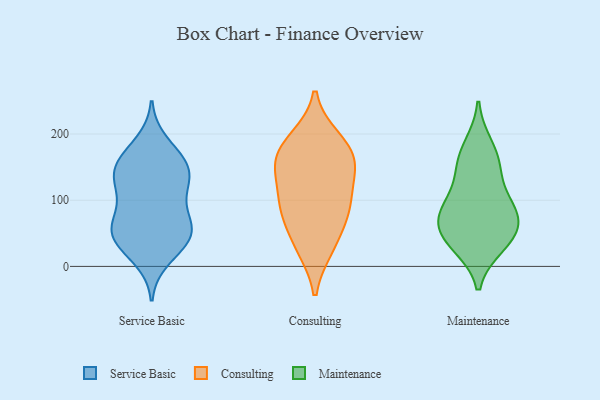
{"axis": {"x": "Shipments", "y": "Value"}, "legend": ["Consulting", "Maintenance", "Service Basic"], "data": [{"x": "", "y": 143, "type": "Service Basic"}, {"x": "", "y": 158, "type": "Service Basic"}, {"x": "", "y": 157, "type": "Service Basic"}, {"x": "", "y": 90, "type": "Service Basic"}, {"x": "", "y": 131, "type": "Service Basic"}, {"x": "", "y": 62, "type": "Service Basic"}, {"x": "", "y": 161, "type": "Service Basic"}, {"x": "", "y": 50, "type": "Service Basic"}, {"x": "", "y": 12, "type": "Service Basic"}, {"x": "", "y": 129, "type": "Service Basic"}, {"x": "", "y": 128, "type": "Service Basic"}, {"x": "", "y": 52, "type": "Service Basic"}, {"x": "", "y": 54, "type": "Service Basic"}, {"x": "", "y": 101, "type": "Service Basic"}, {"x": "", "y": 186, "type": "Service Basic"}, {"x": "", "y": 31, "type": "Service Basic"}, {"x": "", "y": 59, "type": "Service Basic"}, {"x": "", "y": 39, "type": "Service Basic"}, {"x": "", "y": 29, "type": "Consulting"}, {"x": "", "y": 86, "type": "Consulting"}, {"x": "", "y": 148, "type": "Consulting"}, {"x": "", "y": 186, "type": "Consulting"}, {"x": "", "y": 86, "type": "Consulting"}, {"x": "", "y": 192, "type": "Consulting"}, {"x": "", "y": 167, "type": "Consulting"}, {"x": "", "y": 82, "type": "Consulting"}, {"x": "", "y": 106, "type": "Consulting"}, {"x": "", "y": 145, "type": "Consulting"}, {"x": "", "y": 32, "type": "Consulting"}, {"x": "", "y": 157, "type": "Consulting"}, {"x": "", "y": 108, "type": "Maintenance"}, {"x": "", "y": 35, "type": "Maintenance"}, {"x": "", "y": 77, "type": "Maintenance"}, {"x": "", "y": 52, "type": "Maintenance"}, {"x": "", "y": 32, "type": "Maintenance"}, {"x": "", "y": 84, "type": "Maintenance"}, {"x": "", "y": 56, "type": "Maintenance"}, {"x": "", "y": 152, "type": "Maintenance"}, {"x": "", "y": 182, "type": "Maintenance"}, {"x": "", "y": 154, "type": "Maintenance"}, {"x": "", "y": 83, "type": "Maintenance"}]}